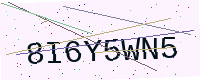
Text: 8I6Y5WN5